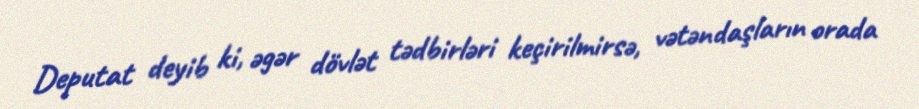
Deputat deyib ki, əgər dövlət tədbirləri keçirilmirsə, vətəndaşların orada